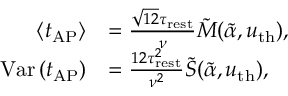
\begin{array} { r l } { \left\langle t _ { \mathrm { A P } } \right\rangle } & { = \frac { \sqrt { 1 2 } \tau _ { \mathrm { r e s t } } } { \nu } \tilde { M } ( \tilde { \alpha } , u _ { \mathrm { t h } } ) , } \\ { \mathrm { V a r } \left( t _ { \mathrm { A P } } \right) } & { = \frac { 1 2 \tau _ { \mathrm { r e s t } } ^ { 2 } } { \nu ^ { 2 } } \tilde { S } ( \tilde { \alpha } , u _ { \mathrm { t h } } ) , } \end{array}